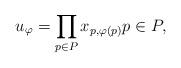
LaTeX: \begin{align*}u_{\varphi}=\prod_{p\in P}x_{p,\varphi(p)}p\in P,\end{align*}